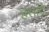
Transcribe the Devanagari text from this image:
हसांदे